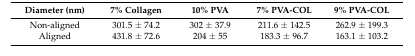
<table><thead><tr><td><b>Diameter (nm)</b></td><td><b>7% Collagen</b></td><td><b>10% PVA</b></td><td><b>7% PVA-COL</b></td><td><b>9% PVA-COL</b></td></tr></thead><tbody><tr><td>Non-aligned</td><td>301.5 ± 74.2</td><td>302 ± 37.9</td><td>211.6 ± 142.5</td><td>262.9 ± 199.3</td></tr><tr><td>Aligned</td><td>431.8 ± 72.6</td><td>204 ± 55</td><td>183.3 ± 96.7</td><td>163.1 ± 103.2</td></tr></tbody></table>